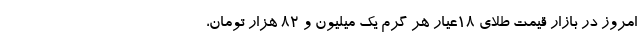
امروز در بازار قیمت طلای ۱۸عیار هر گرم یک میلیون و ۸۲ هزار تومان،